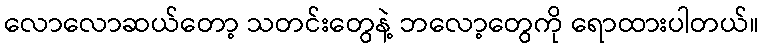
လောလောဆယ်တော့ သတင်းတွေနဲ့ ဘလော့တွေကို ရောထားပါတယ်။